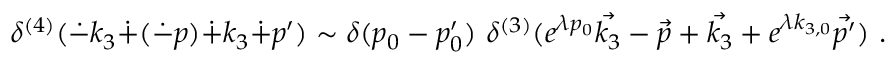
\delta ^ { ( 4 ) } ( \dot { - } k _ { 3 } \dot { + } ( \dot { - } p ) \dot { + } k _ { 3 } \dot { + } p ^ { \prime } ) \sim \delta ( p _ { 0 } - p _ { 0 } ^ { \prime } ) \, \, \delta ^ { ( 3 ) } ( e ^ { \lambda p _ { 0 } } \vec { k _ { 3 } } - \vec { p } + \vec { k _ { 3 } } + e ^ { \lambda k _ { 3 , 0 } } \vec { p ^ { \prime } } ) ~ .